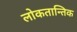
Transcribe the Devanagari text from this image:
लोकतान्तिक